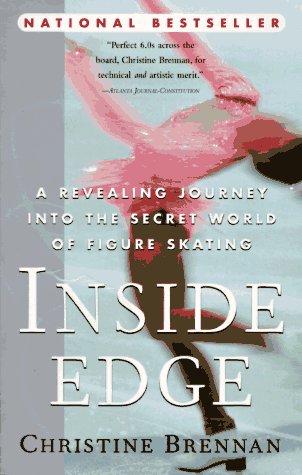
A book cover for Inside Edge: A Revealing Journey into the Secret World of Figure Skating; Christine Brennan; Sports & Outdoors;